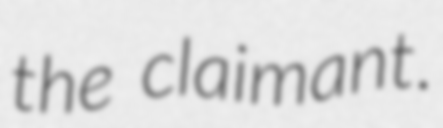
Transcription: the claimant.